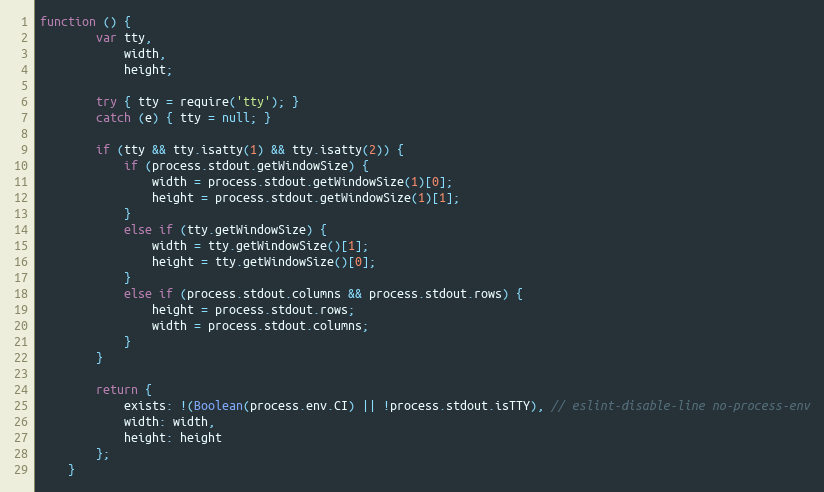
Language: JavaScript
function () {
        var tty,
            width,
            height;

        try { tty = require('tty'); }
        catch (e) { tty = null; }

        if (tty && tty.isatty(1) && tty.isatty(2)) {
            if (process.stdout.getWindowSize) {
                width = process.stdout.getWindowSize(1)[0];
                height = process.stdout.getWindowSize(1)[1];
            }
            else if (tty.getWindowSize) {
                width = tty.getWindowSize()[1];
                height = tty.getWindowSize()[0];
            }
            else if (process.stdout.columns && process.stdout.rows) {
                height = process.stdout.rows;
                width = process.stdout.columns;
            }
        }

        return {
            exists: !(Boolean(process.env.CI) || !process.stdout.isTTY), // eslint-disable-line no-process-env
            width: width,
            height: height
        };
    }